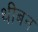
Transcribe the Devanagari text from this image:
थीबन